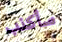
سأكذب